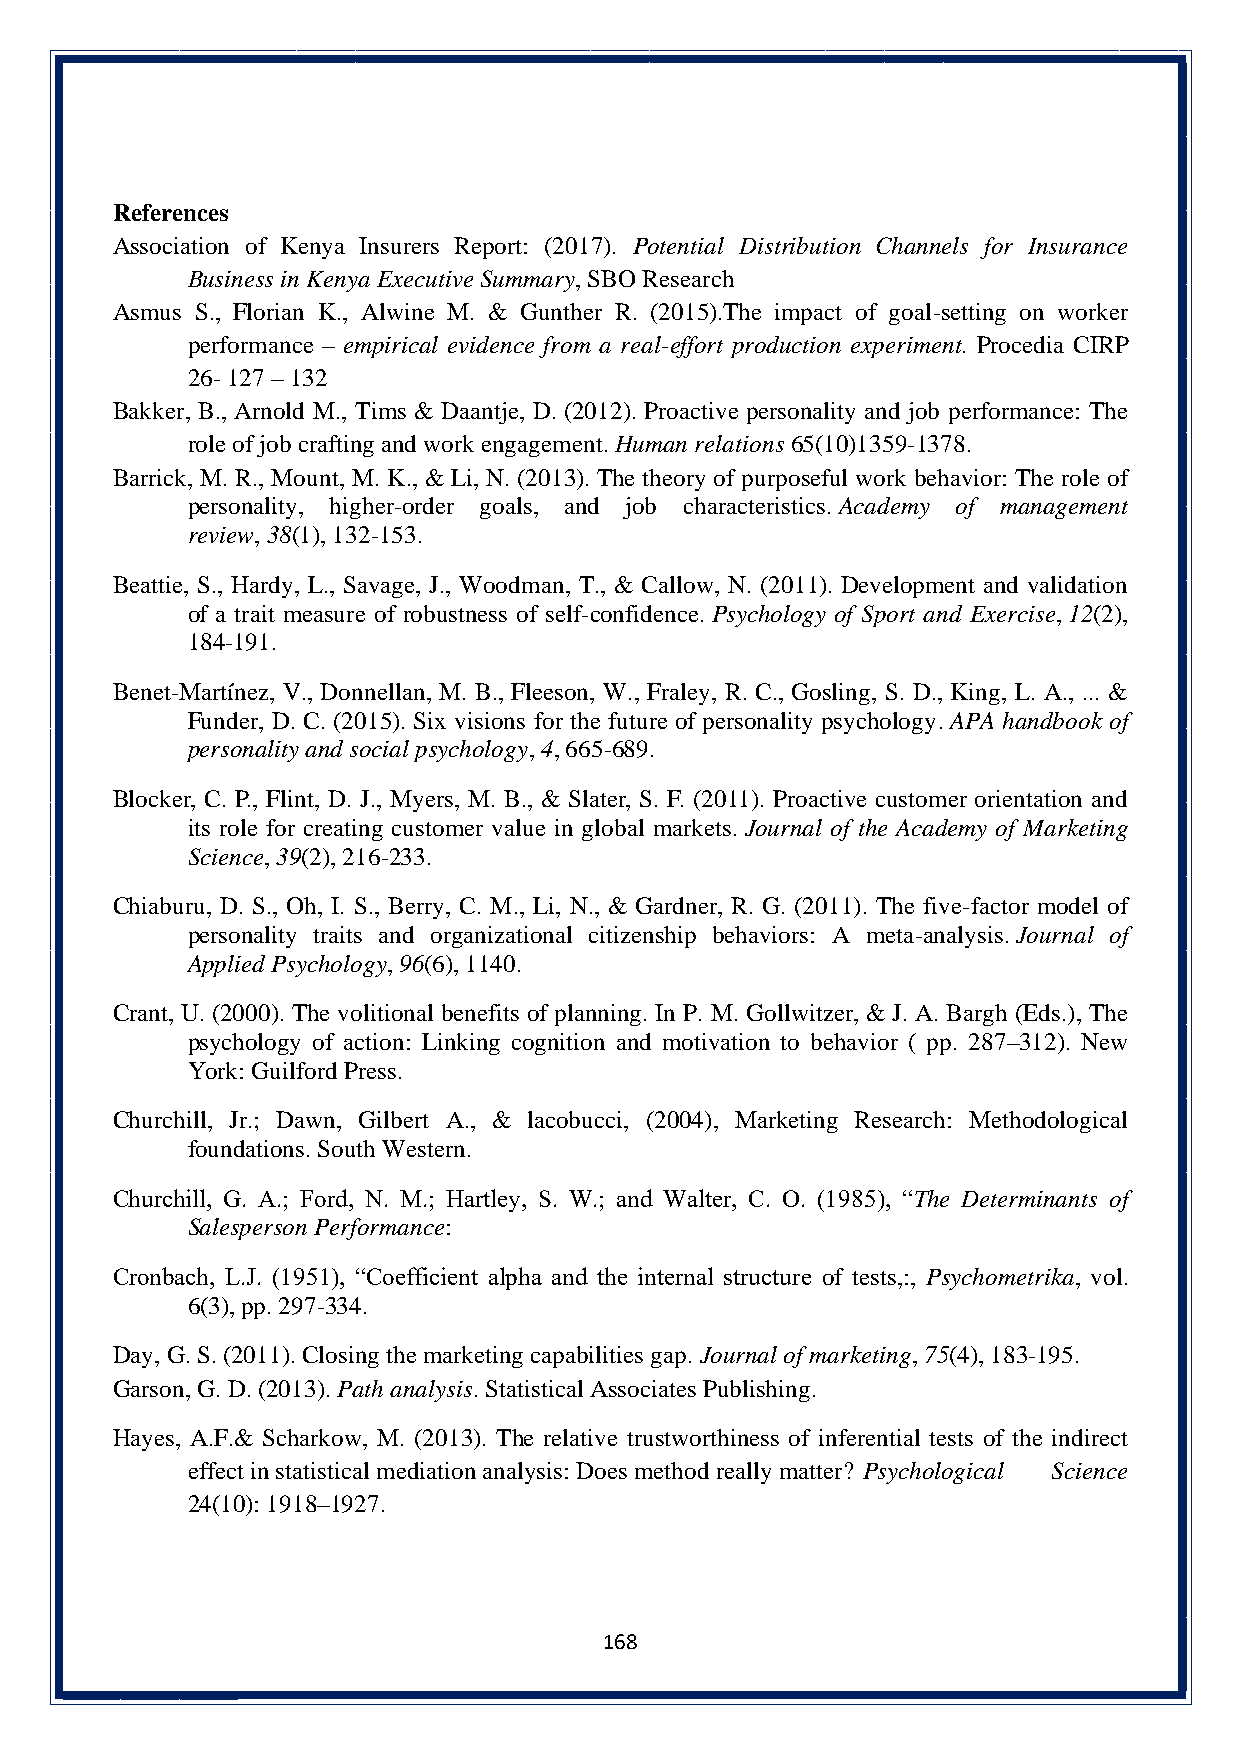
References
 Association of Kenya Insurers Report: (2017). Potential Distribution Channels for Insurance
 Business in Kenya Executive Summary, SBO Research
 Asmus S., Florian K., Alwine M. & Gunther R. (2015).The impact of goal-setting on worker
 performance – empirical evidence from a real-effort production experiment. Procedia CIRP
 26- 127 – 132
 Bakker, B., Arnold M., Tims & Daantje, D. (2012). Proactive personality and job performance: The
 role of job crafting and work engagement. Human relations 65(10)1359-1378.
 Barrick, M. R., Mount, M. K., & Li, N. (2013). The theory of purposeful work behavior: The role of
 personality, higher-order goals, and job characteristics. Academy of management
 review, 38(1), 132-153.
 Beattie, S., Hardy, L., Savage, J., Woodman, T., & Callow, N. (2011). Development and validation
 of a trait measure of robustness of self-confidence. Psychology of Sport and Exercise, 12(2),
 184-191.
 Benet-Martínez, V., Donnellan, M. B., Fleeson, W., Fraley, R. C., Gosling, S. D., King, L. A., ... &
 Funder, D. C. (2015). Six visions for the future of personality psychology. APA handbook of
 personality and social psychology, 4, 665-689.
 Blocker, C. P., Flint, D. J., Myers, M. B., & Slater, S. F. (2011). Proactive customer orientation and
 its role for creating customer value in global markets. Journal of the Academy of Marketing
 Science, 39(2), 216-233.
 Chiaburu, D. S., Oh, I. S., Berry, C. M., Li, N., & Gardner, R. G. (2011). The five-factor model of
 personality traits and organizational citizenship behaviors: A meta-analysis. Journal of
 Applied Psychology, 96(6), 1140.
 Crant, U. (2000). The volitional benefits of planning. In P. M. Gollwitzer, & J. A. Bargh (Eds.), The
 psychology of action: Linking cognition and motivation to behavior ( pp. 287–312). New
 York: Guilford Press.
 Churchill, Jr.; Dawn, Gilbert A., & lacobucci, (2004), Marketing Research: Methodological
 foundations. South Western.
 Churchill, G. A.; Ford, N. M.; Hartley, S. W.; and Walter, C. O. (1985), “The Determinants of
 Salesperson Performance:
 Cronbach, L.J. (1951), “Coefficient alpha and the internal structure of tests,:, Psychometrika, vol.
 6(3), pp. 297-334.
 Day, G. S. (2011). Closing the marketing capabilities gap. Journal of marketing, 75(4), 183-195.
 Garson, G. D. (2013). Path analysis. Statistical Associates Publishing.
 Hayes, A.F.& Scharkow, M. (2013). The relative trustworthiness of inferential tests of the indirect
 effect in statistical mediation analysis: Does method really matter? Psychological Science
 24(10): 1918–1927.
 168